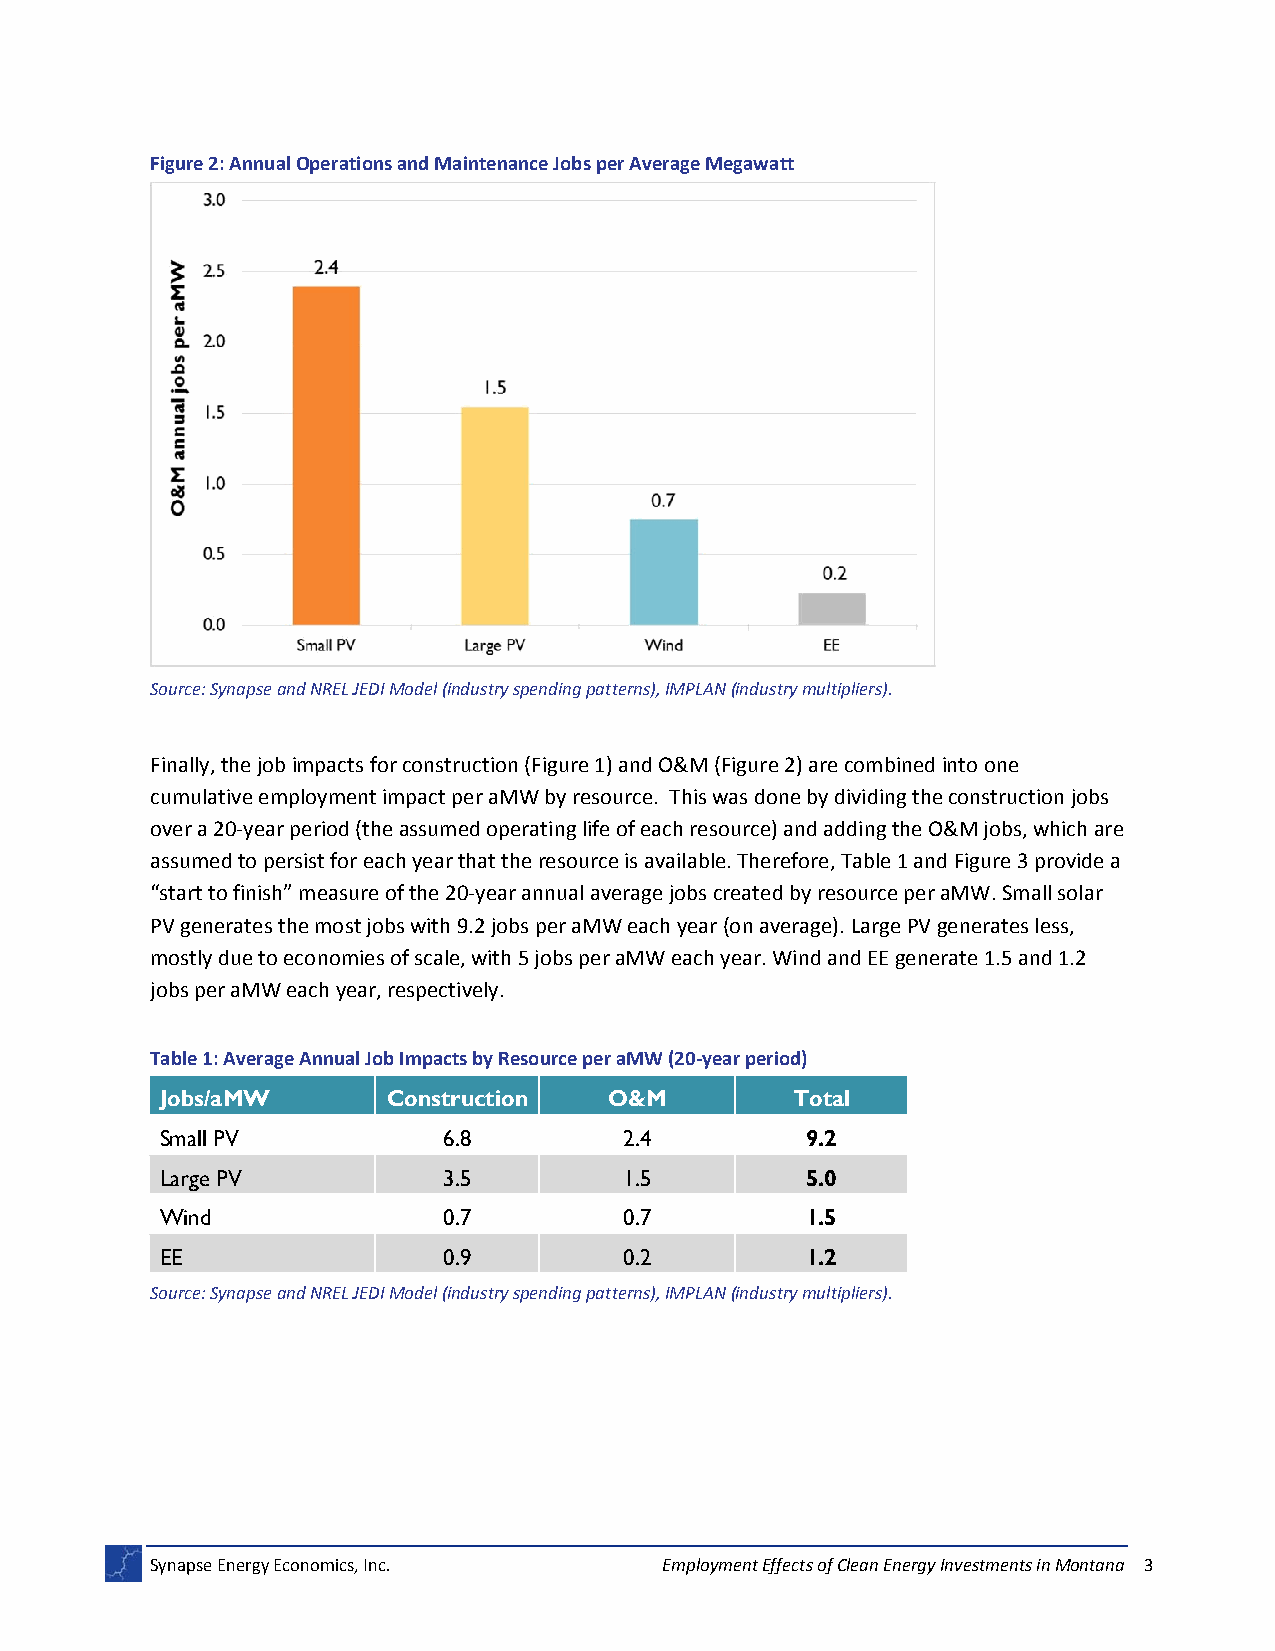
Figure 2: Annual Operations and Maintenance Jobs per Average Megawatt
 Source: Synapse and NREL JEDI Model (industry spending patterns), IMPLAN (industry multipliers).
 Finally, the job impacts for construction (Figure 1) and O&M (Figure 2) are combined into one
 cumulative employment impact per aMW by resource. This was done by dividing the construction jobs
 over a 20‐year period (the assumed operating life of each resource) and adding the O&M jobs, which are
 assumed to persist for each year that the resource is available. Therefore, Table 1 and Figure 3 provide a
 “start to finish” measure of the 20‐year annual average jobs created by resource per aMW. Small solar
 PV generates the most jobs with 9.2 jobs per aMW each year (on average). Large PV generates less,
 mostly due to economies of scale, with 5 jobs per aMW each year. Wind and EE generate 1.5 and 1.2
 jobs per aMW each year, respectively.
 Table 1: Average Annual Job Impacts by Resource per aMW (20‐year period)
 Jobs/aMW       Construction  O&M         Total
 Small PV          6.8         2.4         9.2
 Large PV          3.5         1.5         5.0
 Wind              0.7         0.7         1.5
 EE                0.9         0.2         1.2
 Source: Synapse and NREL JEDI Model (industry spending patterns), IMPLAN (industry multipliers).
 Synapse Energy Economics, Inc.    Employment Effects of Clean Energy Investments in Montana 3